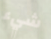
شيء